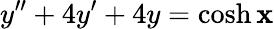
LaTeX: y^{\prime\prime}+4y^{\prime}+4y=\cosh\mathbf{x}